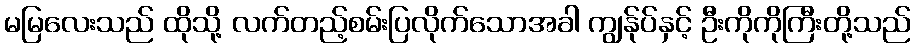
မမြလေးသည် ထိုသို့ လက်တည့်စမ်းပြလိုက်သောအခါ ကျွန်ုပ်နှင့် ဦးကိုကိုကြီးတို့သည်